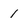
Character: 1